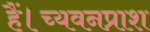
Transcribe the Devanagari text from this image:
हैं।च्यवनप्राश